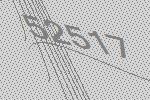
52517